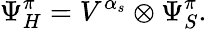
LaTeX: \Psi_{H}^{\pi}=V^{\alpha_{s}}\otimes\Psi_{S}^{\pi}.